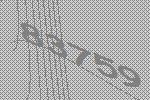
83759